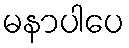
မနာပါပေ